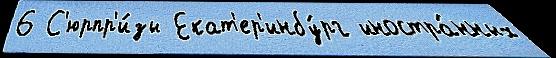
6 С'юрпр'и́зы Екат'ер'инбу́рг иностра́нных